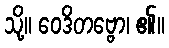
သို့။ ဝေဒိတဗ္ဗော၊ ၏။